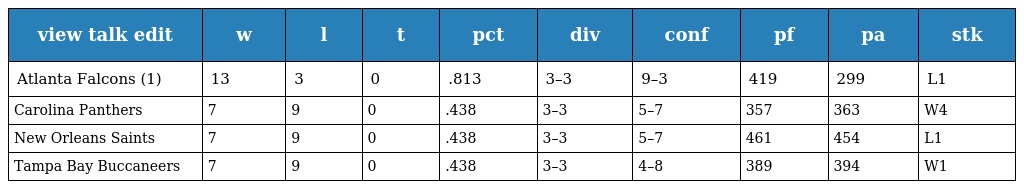
| view talk edit | w | l | t | pct | div | conf | pf | pa | stk |
 | --- | --- | --- | --- | --- | --- | --- | --- | --- | --- |
 | Atlanta Falcons (1) | 13 | 3 | 0 | .813 | 3–3 | 9–3 | 419 | 299 | L1 |
 | Carolina Panthers | 7 | 9 | 0 | .438 | 3–3 | 5–7 | 357 | 363 | W4 |
 | New Orleans Saints | 7 | 9 | 0 | .438 | 3–3 | 5–7 | 461 | 454 | L1 |
 | Tampa Bay Buccaneers | 7 | 9 | 0 | .438 | 3–3 | 4–8 | 389 | 394 | W1 |